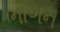
ભાગન